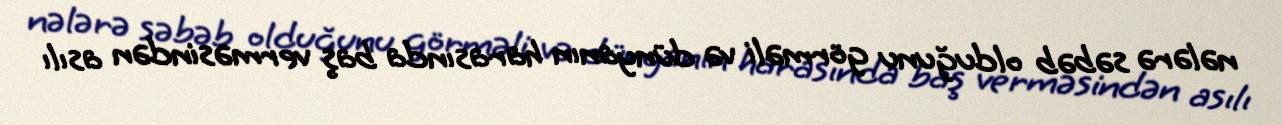
nələrə səbəb olduğunu görməli və dünyanın harasında baş verməsindən asılı